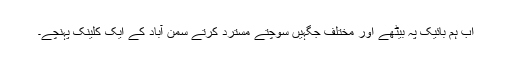
اب ہم بائیک پہ بیٹھے اور مختلف جگہیں سوچتے مسترد کرتے سمن آباد کے ایک کلینک پہنچے۔